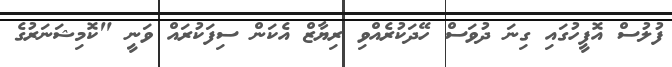
ފުލުސް އޮފީހުގައި ގިނަ ދުވަސް ހޭދަކުރެއްވި ރިޔާޒް އެކަން ސިފަކުރައް ވަނީ "ކޮމިޝަނަރުގެ